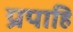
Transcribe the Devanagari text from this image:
प्रपाहि